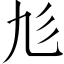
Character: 𢒂